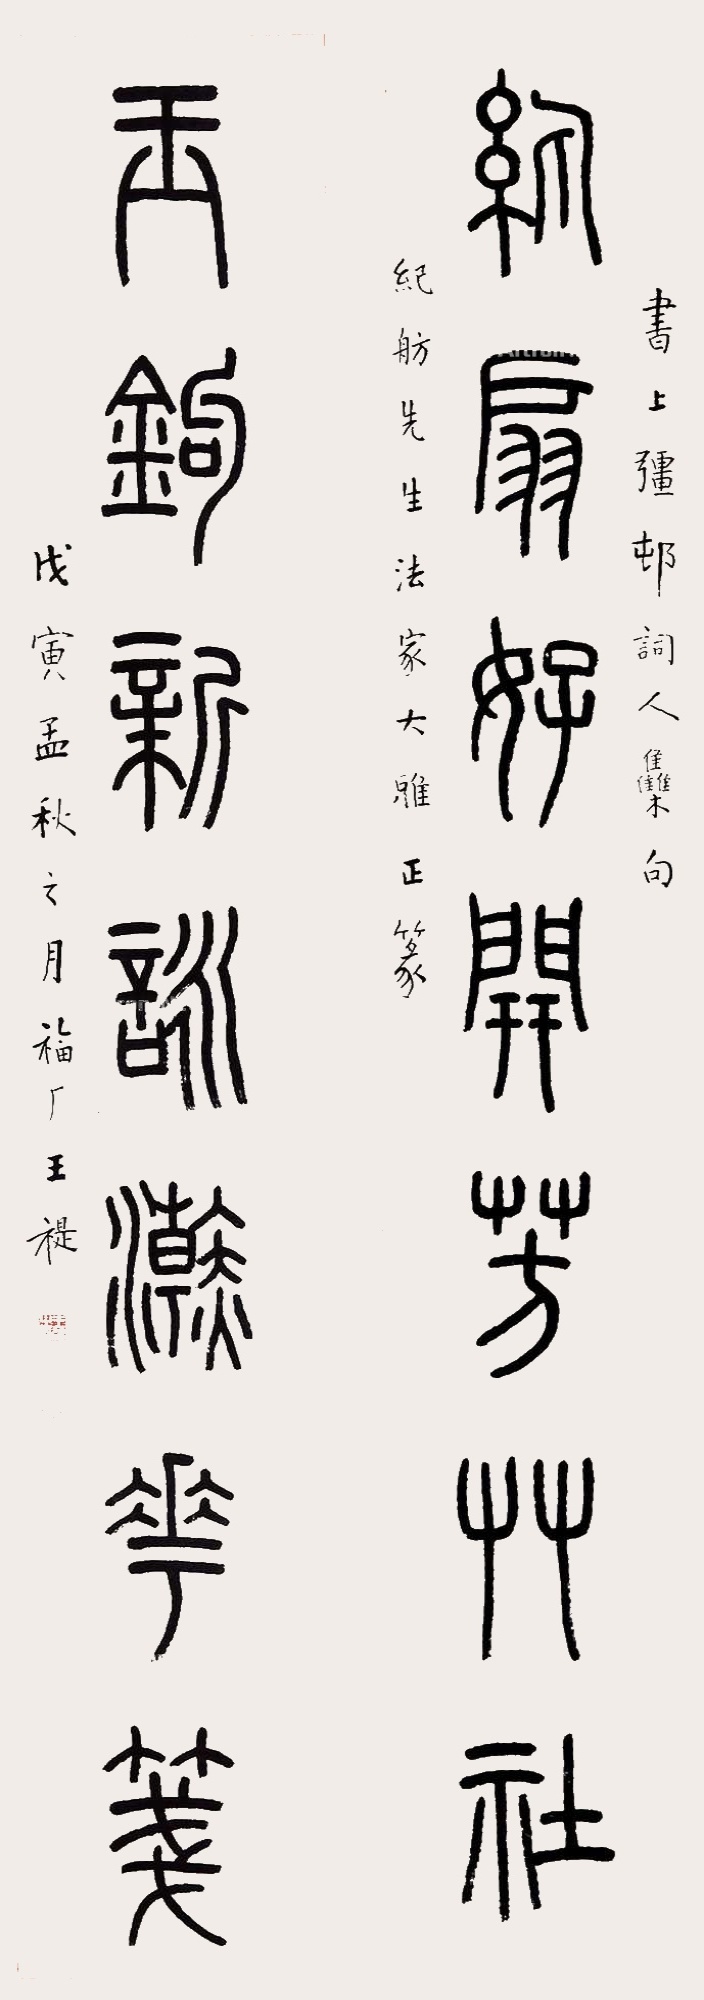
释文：纨扇好开芳草社，玉钩新咏浣花笺。书上疆村词人集句，纪舫先生法家大雅正篆。戊寅孟秋之月，福厂王褆。